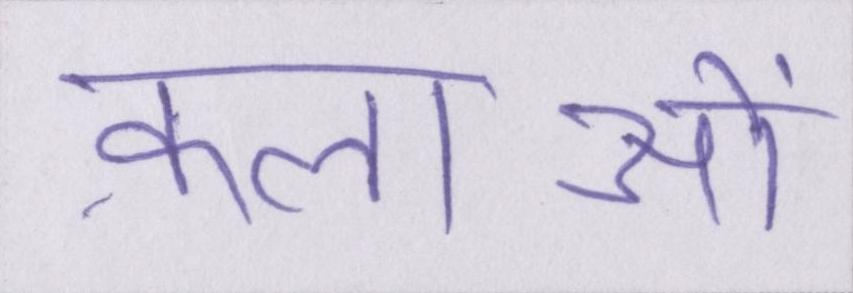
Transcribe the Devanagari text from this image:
कलाओं